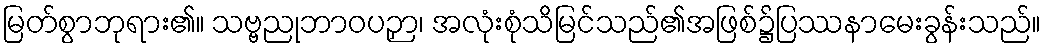
မြတ်စွာဘုရား၏။ သဗ္ဗညုဘာဝပဉှာ၊ အလုံးစုံသိမြင်သည်၏အဖြစ်၌ပြဿနာမေးခွန်းသည်။